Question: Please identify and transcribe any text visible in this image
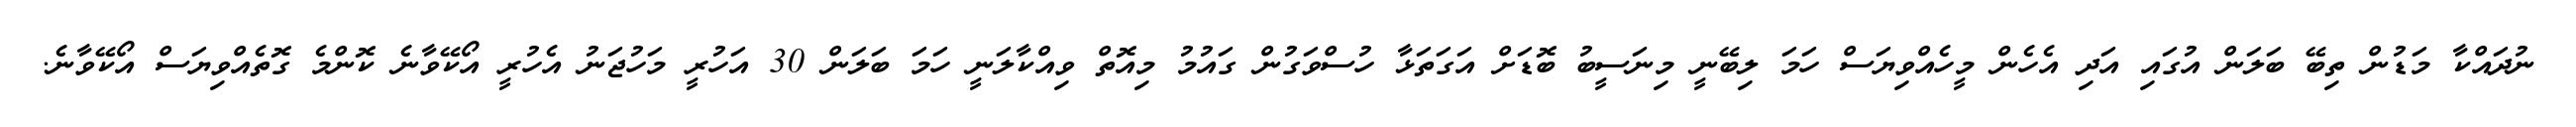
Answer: ނުދައްކާ މަޑުން ތިބޭ ބަލަން އުގައި އަދި އެހެން މީހެއްވިޔަސް ހަމަ ލިބޭނީ މިނަސީބު ބޮޑަށް އަގަތަޅާ ހުސްވަގުން ގައުމު މިއޮތް ވިއްކާލަނީ ހަމަ ބަލަން 30 އަހުރީ މަހުޖަނު އެހުރީ އޯކޭވާނެ ކޮންމެ ގޮތެއްވިޔަސް އޯކޭވާނެ.